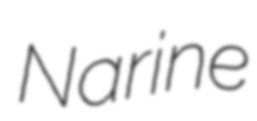
Narine